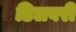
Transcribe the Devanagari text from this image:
डिलवरी